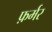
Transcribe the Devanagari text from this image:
फ़र्मर